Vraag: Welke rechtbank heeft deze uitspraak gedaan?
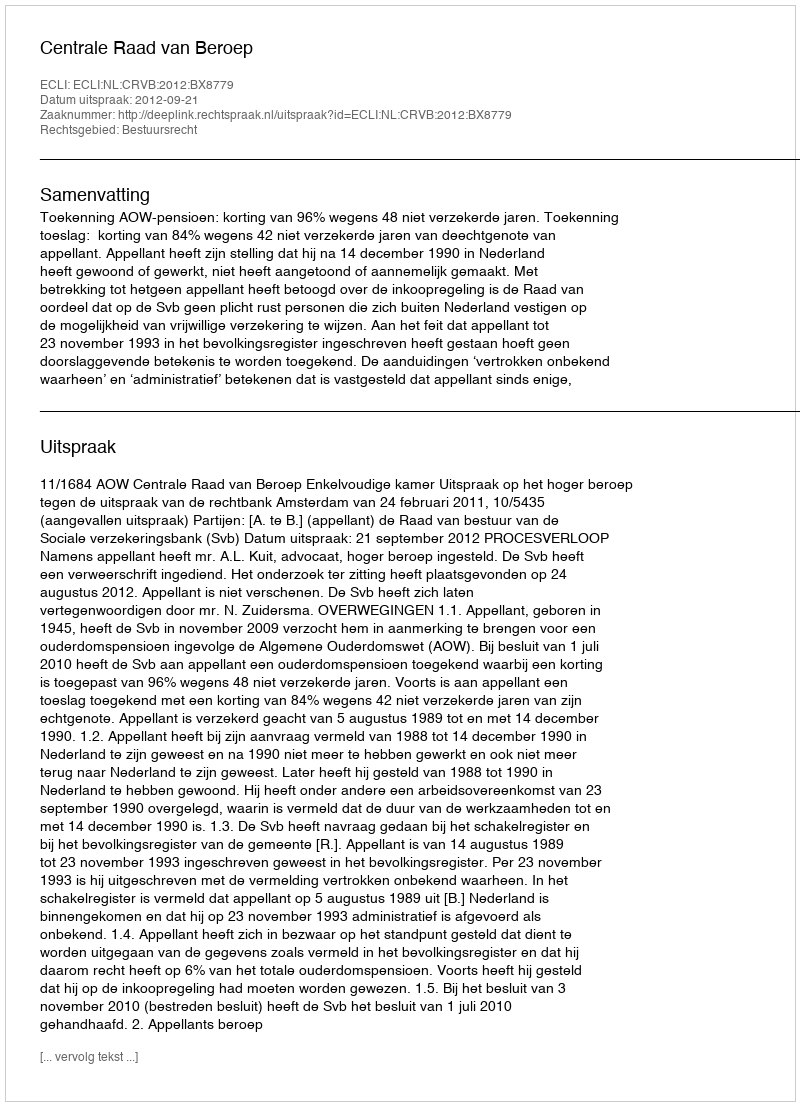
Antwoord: Centrale Raad van Beroep